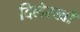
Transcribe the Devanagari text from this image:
दिलेरखाँ